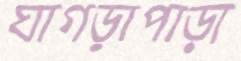
ঘাগড়াপাড়া